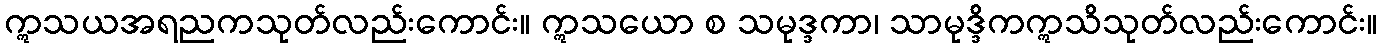
ဣသယအရညကသုတ်လည်းကောင်း။ ဣသယော စ သမုဒ္ဒကာ၊ သာမုဒ္ဒိကဣသိသုတ်လည်းကောင်း။